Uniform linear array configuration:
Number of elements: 24
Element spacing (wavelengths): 0.75
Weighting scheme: blackman
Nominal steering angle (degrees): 30
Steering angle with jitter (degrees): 28.476
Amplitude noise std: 0.05
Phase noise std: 0.05

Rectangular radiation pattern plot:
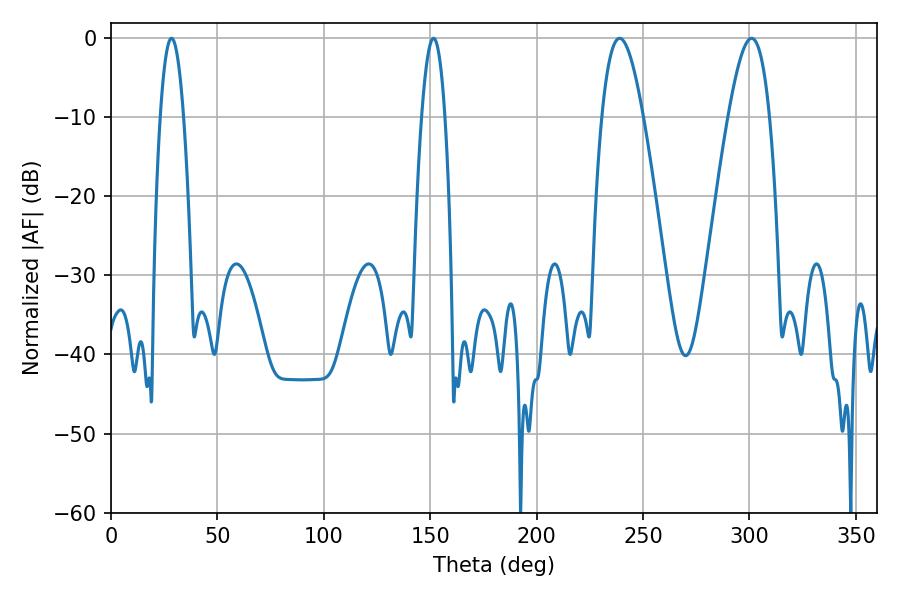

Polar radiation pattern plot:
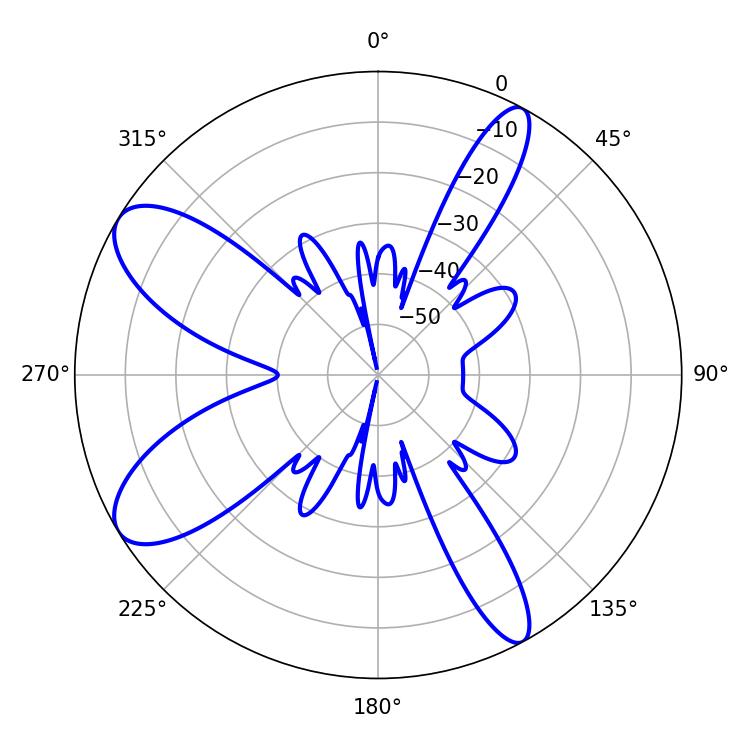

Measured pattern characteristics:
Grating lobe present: TRUE
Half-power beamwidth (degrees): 5.94
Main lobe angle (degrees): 28.44